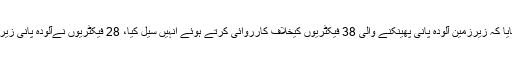
واٹرکمیشن کے فوکل پرسن سید کمال حیدرایڈووکیٹ نے بتایا کہ زیرزمین آلودہ پانی پھینکنے والی 38 فیکٹریوں کیخلاف کارروائی کرتے ہوئے انہیں سیل کیا، 28 فیکٹریوں نےآلودہ پانی زیرزمین نہ پھیکنے اورفلٹریشن پلانٹ لگانے کا بیان حلفی دیا۔